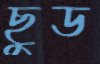
ছুড